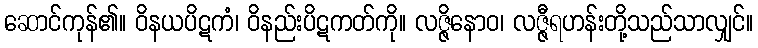
ဆောင်ကုန်၏။ ဝိနယပိဋကံ၊ ဝိနည်းပိဋကတ်ကို။ လဇ္ဇိနောဝ၊ လဇ္ဇီရဟန်းတို့သည်သာလျှင်။